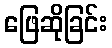
ဖြေဆိုခြင်း